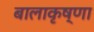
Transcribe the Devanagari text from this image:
बालाकृष्णा